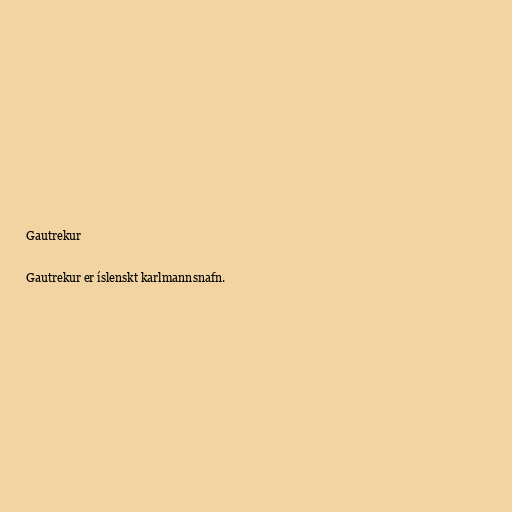
Gautrekur

Gautrekur er íslenskt karlmannsnafn.